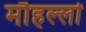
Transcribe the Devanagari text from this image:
मौहल्लो